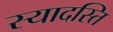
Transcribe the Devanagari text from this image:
स्यादस्ति